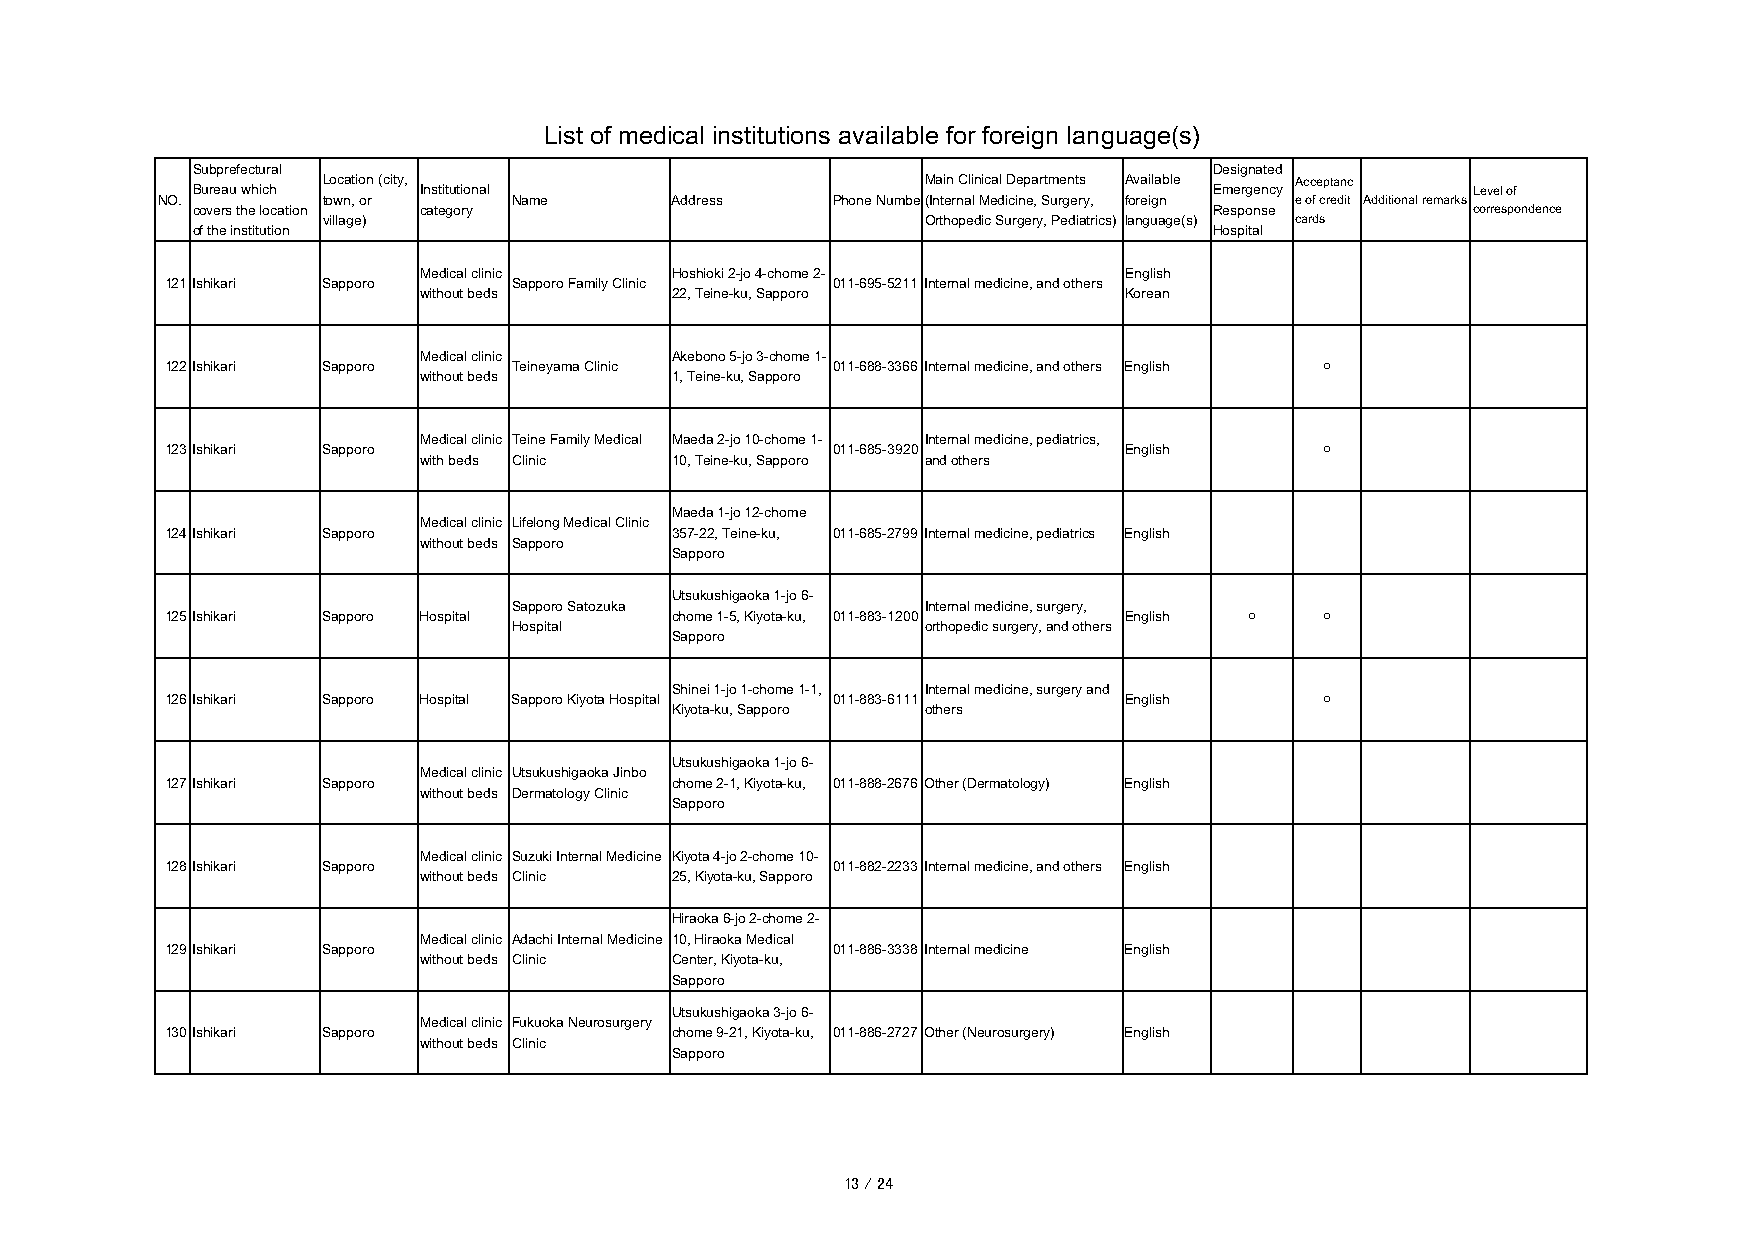
List of medical institutions available for foreign language(s)
 Subprefectural                                                     Designated
 Location (city,                         Main Clinical Departments Available Acceptanc
 Bureau which   Institutional                                       Emergency        Level of
 NO.        town, or     Name      Address    Phone Number(Internal Medicine, Surgery, foreign e of credit Additional remarks
 covers the location category                                       Response         correspondence
 village)                                Orthopedic Surgery, Pediatrics) language(s) cards
 of the institution                                                 Hospital
 Medical clinic  Hoshioki 2-jo 4-chome 2-      English
 121Ishikari Sapporo    Sapporo Family Clinic 011-695-5211 Internal medicine, and others
 without beds    22, Teine-ku, Sapporo         Korean
 Medical clinic  Akebono 5-jo 3-chome 1-
 122Ishikari Sapporo    Teineyama Clinic     011-688-3366 Internal medicine, and others English ○
 without beds    1, Teine-ku, Sapporo
 Medical clinic Teine Family Medical Maeda 2-jo 10-chome 1- Internal medicine, pediatrics,
 123Ishikari Sapporo                         011-685-3920       English       ○
 with beds Clinic 10, Teine-ku, Sapporo and others
 Maeda 1-jo 12-chome
 Medical clinic Lifelong Medical Clinic
 124Ishikari Sapporo              357-22, Teine-ku, 011-685-2799 Internal medicine, pediatrics English
 without beds Sapporo
 Sapporo
 Utsukushigaoka 1-jo 6-
 Sapporo Satozuka           Internal medicine, surgery,
 125Ishikari Sapporo Hospital     chome 1-5, Kiyota-ku, 011-883-1200 English ○ ○
 Hospital                   orthopedic surgery, and others
 Sapporo
 Shinei 1-jo 1-chome 1-1, Internal medicine, surgery and
 126Ishikari Sapporo Hospital Sapporo Kiyota Hospital 011-883-6111 English    ○
 Kiyota-ku, Sapporo others
 Utsukushigaoka 1-jo 6-
 Medical clinic Utsukushigaoka Jinbo
 127Ishikari Sapporo              chome 2-1, Kiyota-ku, 011-888-2676 Other (Dermatology) English
 without beds Dermatology Clinic
 Sapporo
 Medical clinic Suzuki Internal Medicine Kiyota 4-jo 2-chome 10-
 128Ishikari Sapporo                         011-882-2233 Internal medicine, and others English
 without beds Clinic 25, Kiyota-ku, Sapporo
 Hiraoka 6-jo 2-chome 2-
 Medical clinic Adachi Internal Medicine 10, Hiraoka Medical
 129Ishikari Sapporo                         011-886-3338 Internal medicine English
 without beds Clinic Center, Kiyota-ku,
 Sapporo
 Utsukushigaoka 3-jo 6-
 Medical clinic Fukuoka Neurosurgery
 130Ishikari Sapporo              chome 9-21, Kiyota-ku, 011-886-2727 Other (Neurosurgery) English
 without beds Clinic
 Sapporo
 13 / 24